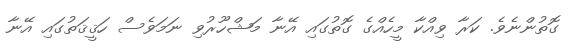
ގޮތުންނެވެ. ކަރާ ވިއްކާ މީހެއްގެ ގޮތުގައި އޭނާ މަޝްހޫރުވި ނަމަވެސް ހަޤީޤަތުގައި އޭނާ